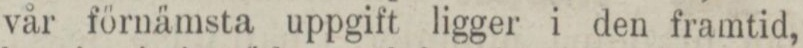
vår förnämsta uppgift ligger i den framtid,